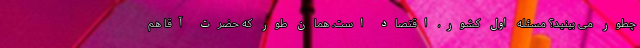
چطور می بینید؟ مسئله اول کشور، اقتصاد است. همان طور که حضرت آقا هم